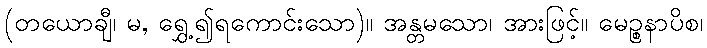
(တယောချီ၊ မ, ရွှေ့၍ရကောင်းသော)။ အန္တမသော၊ အားဖြင့်။ မေဉ္စနာပိစ၊